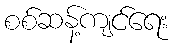
စစ်ဆန့်ကျင်ရေး